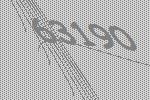
63190